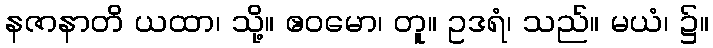
နဇာနာတိ ယထာ၊ သို့။ ဧဝမော၊ တူ။ ဥဒရံ၊ သည်။ မယံ၊ ၌။